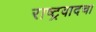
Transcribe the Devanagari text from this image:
राष्ट्रवादचा